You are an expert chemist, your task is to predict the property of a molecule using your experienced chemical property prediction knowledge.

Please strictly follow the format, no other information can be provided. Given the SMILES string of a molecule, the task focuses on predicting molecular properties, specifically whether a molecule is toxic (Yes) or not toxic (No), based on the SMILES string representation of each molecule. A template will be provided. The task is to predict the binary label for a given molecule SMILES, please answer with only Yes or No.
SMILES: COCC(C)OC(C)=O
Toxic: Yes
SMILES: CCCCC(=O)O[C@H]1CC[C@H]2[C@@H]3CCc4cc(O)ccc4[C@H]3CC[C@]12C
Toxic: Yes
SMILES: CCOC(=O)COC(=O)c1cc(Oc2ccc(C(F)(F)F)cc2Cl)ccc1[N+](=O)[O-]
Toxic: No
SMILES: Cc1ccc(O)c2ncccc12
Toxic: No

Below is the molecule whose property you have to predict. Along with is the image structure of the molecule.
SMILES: O=S1(=O)OCCO1
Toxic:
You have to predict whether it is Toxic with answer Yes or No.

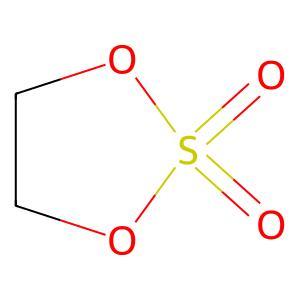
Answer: No